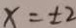
x = \pm 2